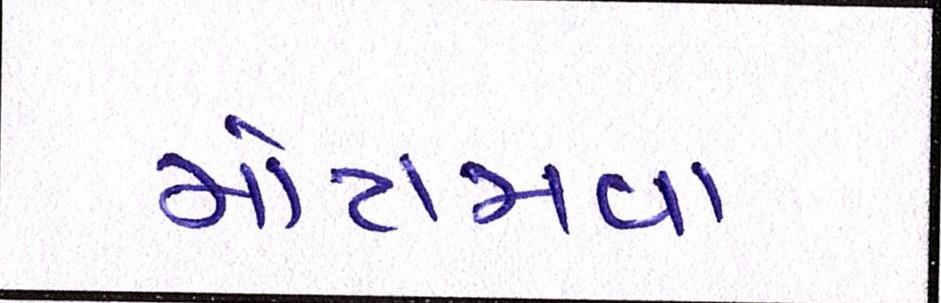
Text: મોટામવા